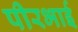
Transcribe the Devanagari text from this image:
पीरभाई